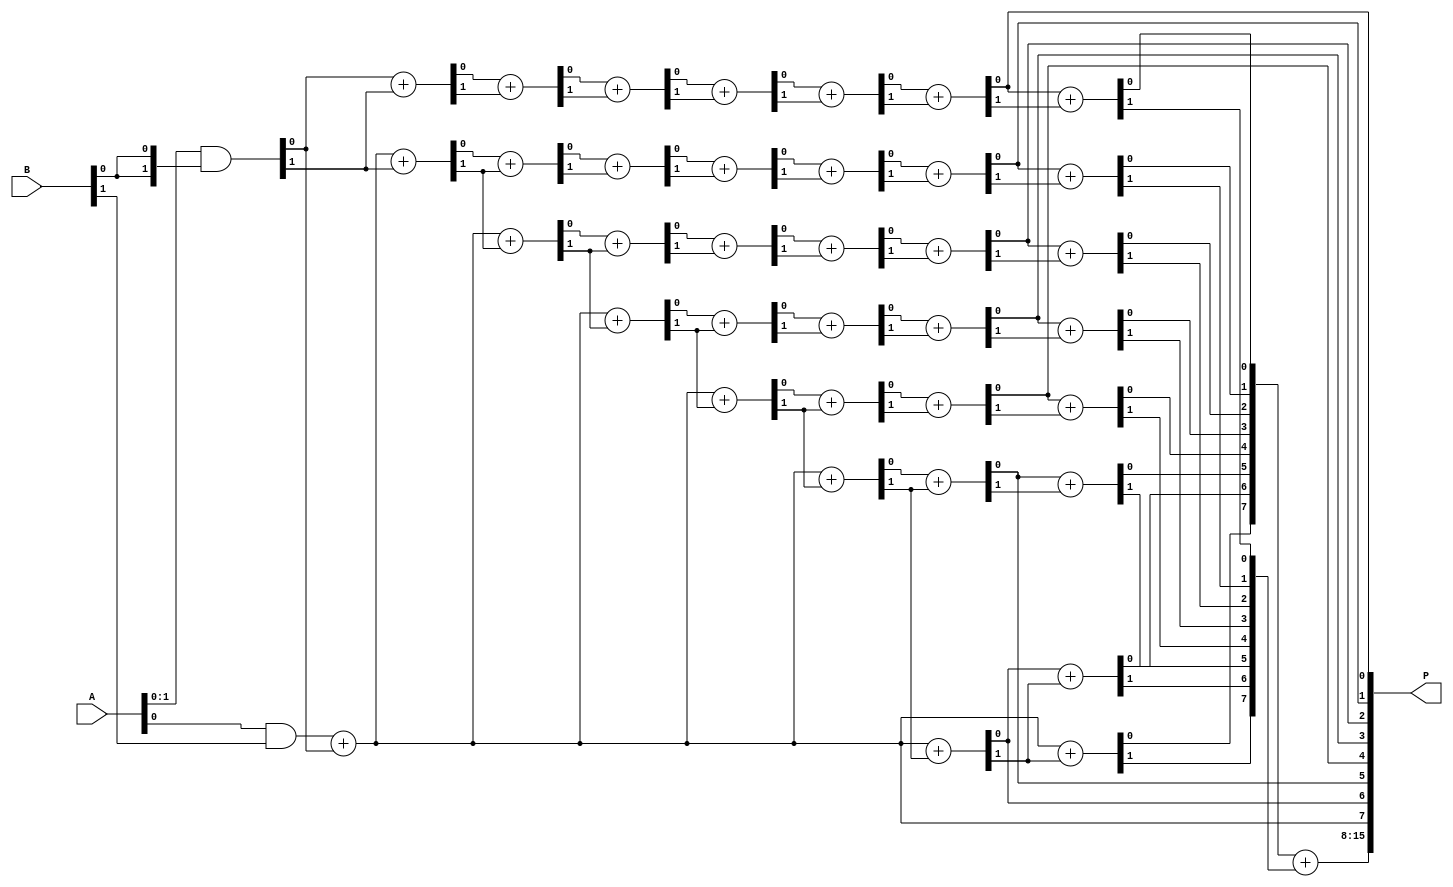
module wallace_tree_multiplier #(parameter N = 8) (
    input [N-1:0] A, // First multiplicand
    input [N-1:0] B, // Second multiplicand
    output reg [2*N-1:0] P // Product of A and B
);

// Intermediate partial products
wire [N-1:0] pp[N-1:0]; // Partial products array

// Generate partial products
genvar i, j;
generate
    for (i = 0; i < N; i = i + 1) begin : gen_partial_products
        assign pp[i] = A & {N{B[i]}};
    end
endgenerate

// Wallace Tree Reduction
wire [N-1:0] sum [N-1:0]; // Sums at each level
wire [N-1:0] carry [N-1:0]; // Carries at each level

// First level reduction
generate
    for (i = 0; i < N; i = i + 1) begin : level1
        if (i == 0) begin
            assign {carry[0][i], sum[0][i]} = pp[i];
        end else begin
            assign {carry[0][i], sum[0][i]} = pp[i] + pp[i-1];
        end
    end
endgenerate

// Further levels of reduction
generate
    for (j = 1; j < N; j = j + 1) begin : reduction_levels
        for (i = 0; i < N; i = i + 1) begin : level_reduction
            if (i < j) begin
                assign {carry[j][i], sum[j][i]} = sum[j-1][i] + carry[j-1][i];
            end else if (i == j) begin
                assign {carry[j][i], sum[j][i]} = sum[j-1][i] + carry[j-1][i-1];
            end else begin
                assign sum[j][i] = sum[j-1][i-1];
                assign carry[j][i] = carry[j-1][i-1];
            end
        end
    end
endgenerate

// Final summation (using a simple adder for the last stage)
wire [N-1:0] final_sum;
wire final_carry;
assign {final_carry, final_sum} = sum[N-1] + carry[N-1];

// Assign final product
always @(*) begin
    P = {final_carry, final_sum, sum[N-2]};
end

endmodule